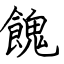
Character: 餽